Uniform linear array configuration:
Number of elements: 64
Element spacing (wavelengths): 1
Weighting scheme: kaiser
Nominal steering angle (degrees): -45
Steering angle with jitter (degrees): -43.703
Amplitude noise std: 0.05
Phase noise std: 0.05

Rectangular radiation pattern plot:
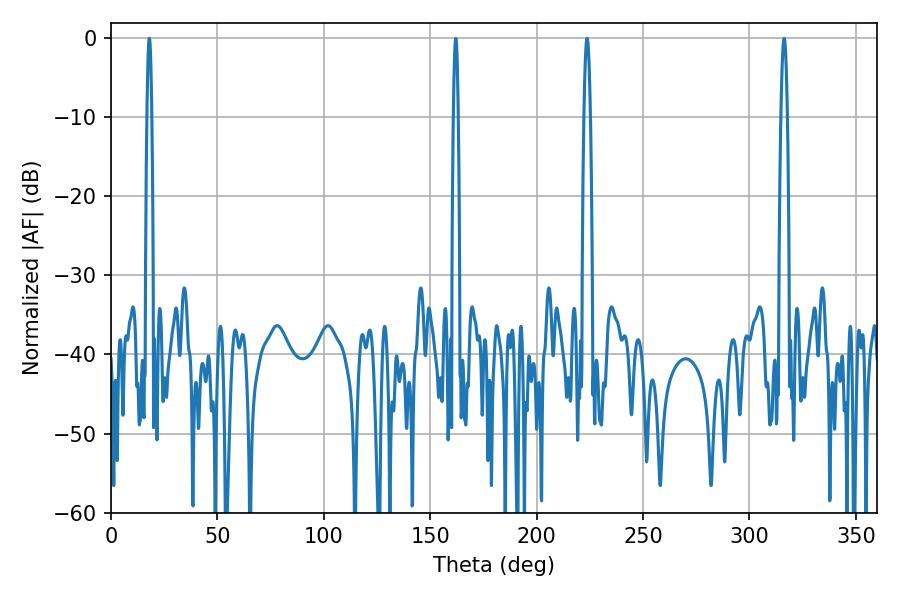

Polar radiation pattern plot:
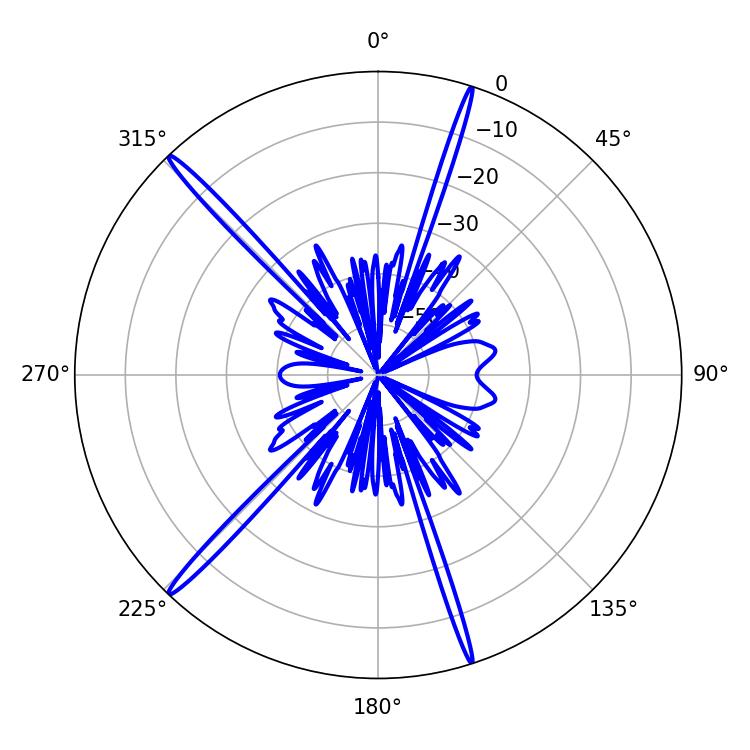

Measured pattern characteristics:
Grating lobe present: TRUE
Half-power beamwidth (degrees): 1.08
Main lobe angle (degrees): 162